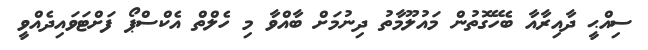
ސިއްޙީ ދާއިރާއާ ބެހޭގޮތުން މައުލޫމާތު ދިނުމަށް ބާއްވާ މި ހެލްތް އެކްސްޕޯ ފަށްޓަވައިދެއްވީ